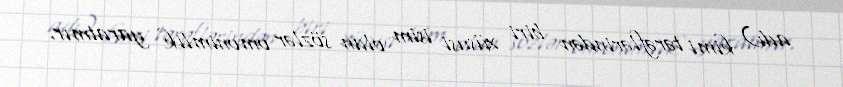
adı) kimi tərəflərindən biri xüsusi isim olan sözlər omonimlik yaratmır.